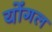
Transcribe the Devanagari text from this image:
योंगल